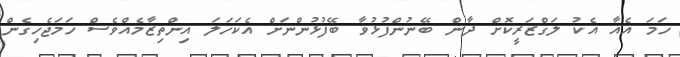
ހަމަ އެއާ އެކު ލަގްޒަރީކޮށް ދާން ބޭނުންފުޅުވާ ބޭފުޅުންނަށް އެކަހަލަ އިންތިޒާމެއްވެސް ހަމަޖެހިގެން